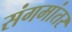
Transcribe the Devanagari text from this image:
संगमांतर